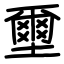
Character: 壐